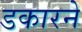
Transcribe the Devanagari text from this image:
डकारने